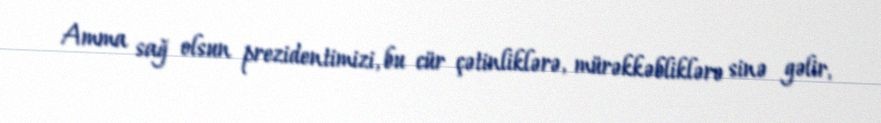
Amma sağ olsun prezidentimizi, bu cür çətinliklərə, mürəkkəbliklərə sinə gəlir,